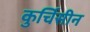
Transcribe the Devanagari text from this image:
कुर्चिसीन